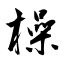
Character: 橾